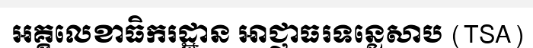
អគ្គលេខាធិករដ្ឋាន អាជ្ញាធរទន្លេសាប (TSA)